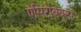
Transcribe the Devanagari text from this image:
एसिटोबेक्टर